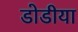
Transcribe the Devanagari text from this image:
डोडीया